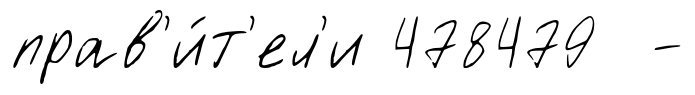
прав'и́т'ел'и 478479 -